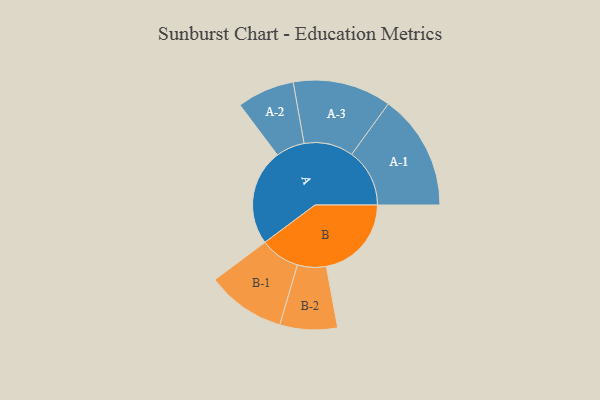
{"axis": {"x": "Segment", "y": "Value"}, "legend": ["", "A", "B"], "data": [{"x": "A", "y": 445, "type": ""}, {"x": "B", "y": 394, "type": ""}, {"x": "A-1", "y": 268, "type": "A"}, {"x": "A-2", "y": 133, "type": "A"}, {"x": "A-3", "y": 228, "type": "A"}, {"x": "B-1", "y": 183, "type": "B"}, {"x": "B-2", "y": 133, "type": "B"}]}